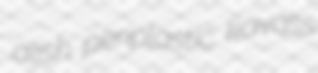
alish periplastic kavass